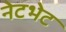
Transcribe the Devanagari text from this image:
नेटभेट